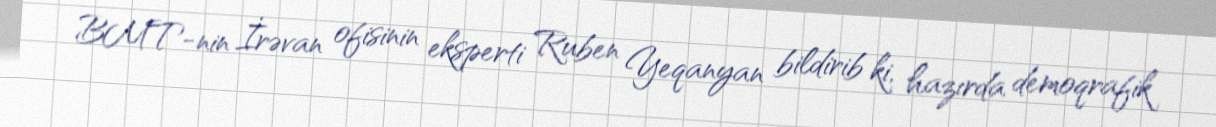
BMT-nin İrəvan ofisinin eksperti Ruben Yeqanyan bildirib ki, hazırda demoqrafik